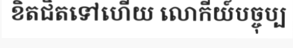
ខិតជិតទៅហើយ លោកីយ៍បច្ចុប្ប